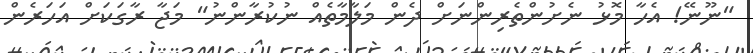
"ނޫނޭ! އެހާ މޮޅު ނެށުންތެރިންނަށް ދެން މަލާމާތެއް ނުކުރާންނު" މަޖާ ރާގަކަށް އަހަރެން